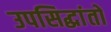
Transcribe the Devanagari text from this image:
उपसिद्धांतों